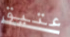
عتيق